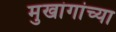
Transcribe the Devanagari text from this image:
मुखांगांच्या